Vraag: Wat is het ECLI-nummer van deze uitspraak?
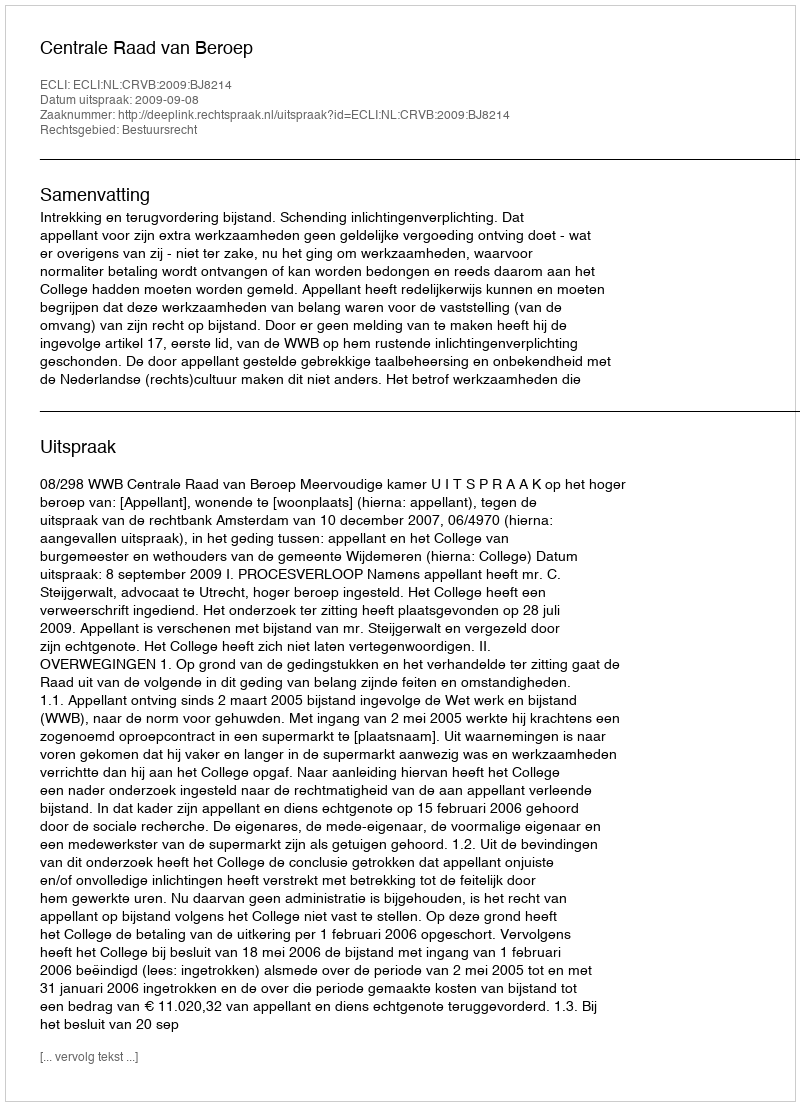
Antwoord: ECLI:NL:CRVB:2009:BJ8214